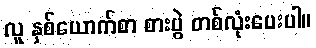
လူ နှစ်ယောက်စာ စားပွဲ တစ်လုံးပေးပါ။